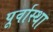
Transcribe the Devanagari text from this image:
पूर्वास्था